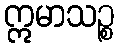
ဣမာသဉ္စ